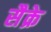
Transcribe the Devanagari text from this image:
सैक्रे